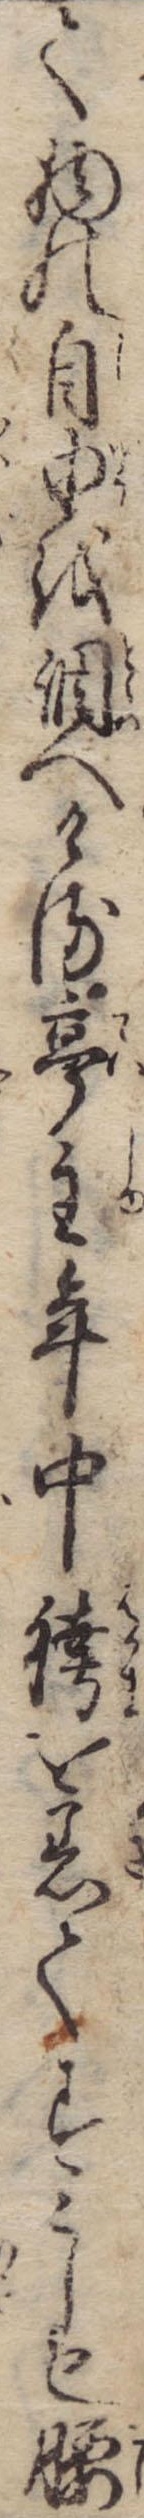
て物の自由を調へける亭主年中袴を着てすこしも腰